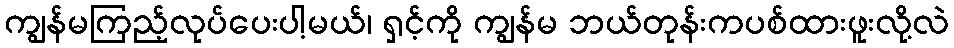
ကျွန်မကြည့်လုပ်ပေးပါ့မယ်၊ ရှင့်ကို ကျွန်မ ဘယ်တုန်းကပစ်ထားဖူးလို့လဲ